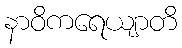
နာဝိကရေယျာတိ